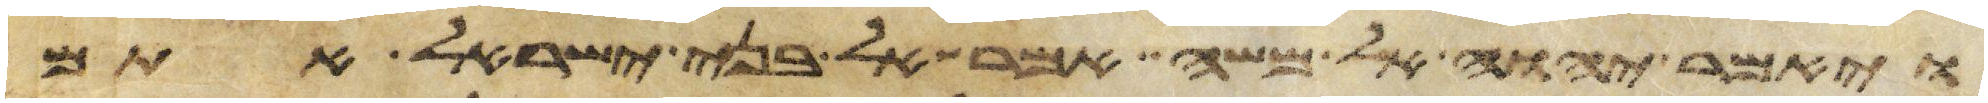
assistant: ויאמר יהוה אל משה אמר אל בני ישראל אתם